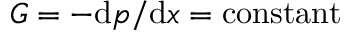
G = - \mathrm { d } p / \mathrm { d } x = { \mathrm { c o n s t a n t } }